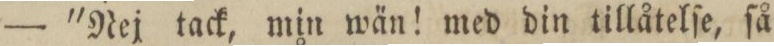
— 'Nej tack, min wän! med din tillåtelſe, ſå